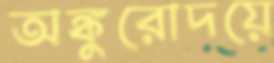
অঙ্কুরোদয়ে